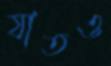
যাতও